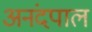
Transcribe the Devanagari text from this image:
अनंदपाल